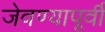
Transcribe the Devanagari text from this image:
जेवण्यापूर्वी